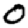
Digit: 0